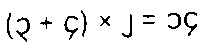
(၃ + ၄) × ၂ = ၁၄